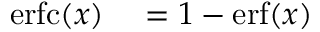
{ \begin{array} { r l } { \operatorname { e r f c } ( x ) } & { { } = 1 - \operatorname { e r f } ( x ) } \end{array} }